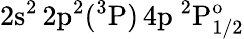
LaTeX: \mathrm{2s^{2}\, 2p^{2}(^{3}P)\, 4p~^{2}P_{1/2}^{o}}